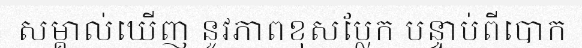
សម្គាល់ឃើញ នូវភាពខុសប្លែក បន្ទាប់ពីបោក